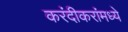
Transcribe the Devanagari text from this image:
करंदीकरांमध्ये